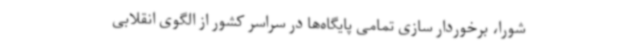
شورا، برخوردار سازی تمامی پایگاه‌ها در سراسر کشور از الگوی انقلابی